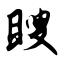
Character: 瞍